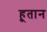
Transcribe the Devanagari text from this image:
हूतान